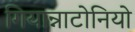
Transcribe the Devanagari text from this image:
गियान्नाटोनियो